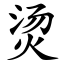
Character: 烫